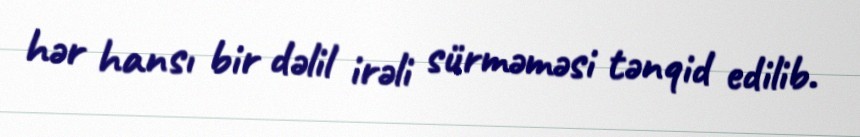
hər hansı bir dəlil irəli sürməməsi tənqid edilib.